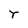
Character: r